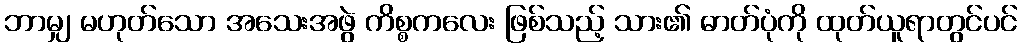
ဘာမျှ မဟုတ်သော အသေးအဖွဲ ကိစ္စကလေး ဖြစ်သည့် သား၏ ဓာတ်ပုံကို ထုတ်ယူရာတွင်ပင်